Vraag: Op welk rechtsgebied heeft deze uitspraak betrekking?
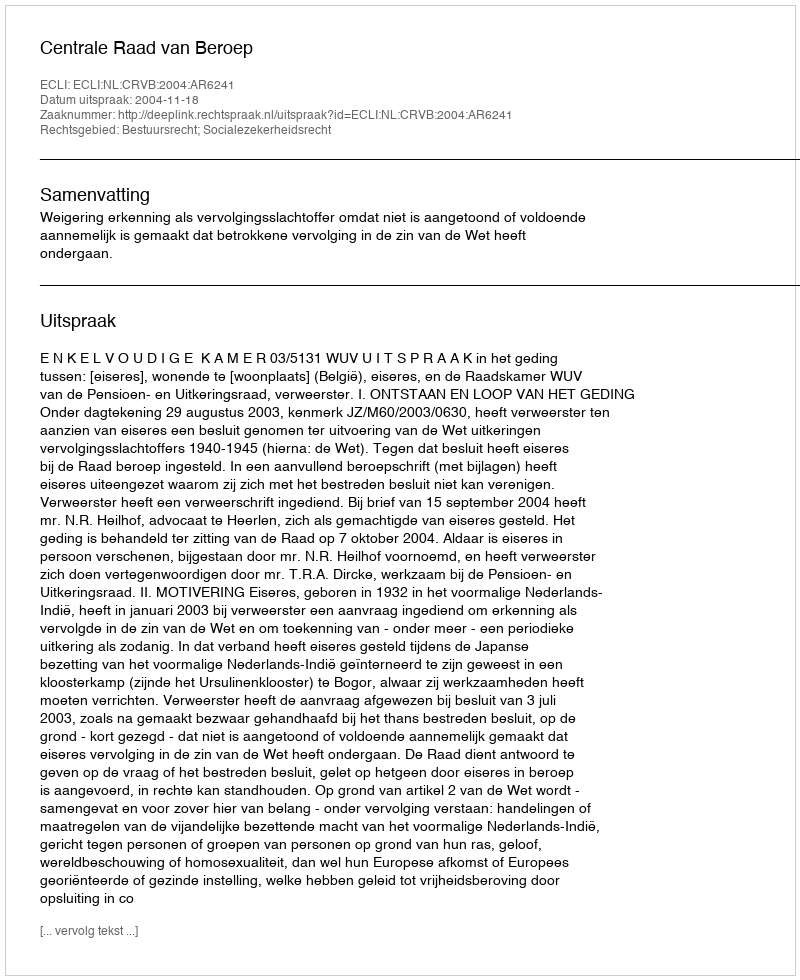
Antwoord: Bestuursrecht; Socialezekerheidsrecht